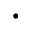
\bullet